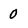
Character: 0